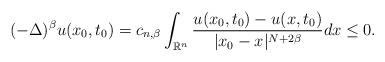
LaTeX: \begin{align*}(-\Delta)^{\beta}u(x_{0},t_{0}) = c_{n,\beta}\int_{\mathbb{R}^{n}}\frac{u(x_{0},t_{0}) - u(x,t_{0})}{|x_{0} - x|^{N+2\beta}}dx \leq 0.\end{align*}